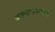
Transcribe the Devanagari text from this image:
अल्पोपआहारा